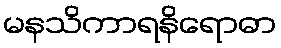
မနသိကာရနိရောဓာ